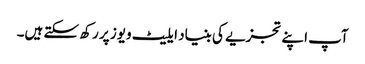
آپ اپنے تجزیے کی بنیاد ایلیٹ ویوز پر رکھ سکتے ہیں۔